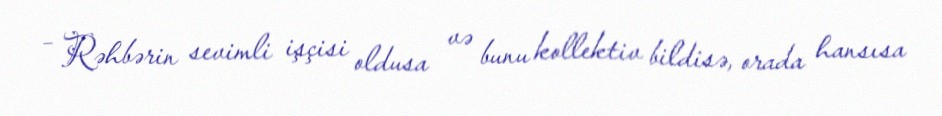
– Rəhbərin sevimli işçisi oldusa və bunu kollektiv bildisə, orada hansısa